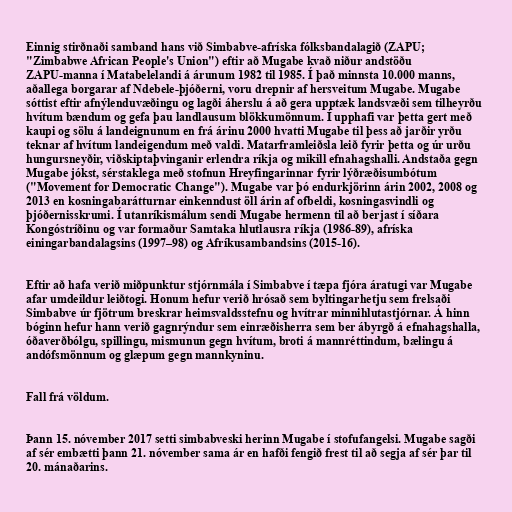
Einnig stirðnaði samband hans við Simbabve-afríska fólksbandalagið (ZAPU;
"Zimbabwe African People's Union") eftir að Mugabe kvað niður andstöðu
ZAPU-manna í Matabelelandi á árunum 1982 til 1985. Í það minnsta 10.000 manns,
aðallega borgarar af Ndebele-þjóðerni, voru drepnir af hersveitum Mugabe. Mugabe
sóttist eftir afnýlenduvæðingu og lagði áherslu á að gera upptæk landsvæði sem tilheyrðu
hvítum bændum og gefa þau landlausum blökkumönnum. Í upphafi var þetta gert með
kaupi og sölu á landeignunum en frá árinu 2000 hvatti Mugabe til þess að jarðir yrðu
teknar af hvítum landeigendum með valdi. Matarframleiðsla leið fyrir þetta og úr urðu
hungursneyðir, viðskiptaþvinganir erlendra ríkja og mikill efnahagshalli. Andstaða gegn
Mugabe jókst, sérstaklega með stofnun Hreyfingarinnar fyrir lýðræðisumbótum
("Movement for Democratic Change"). Mugabe var þó endurkjörinn árin 2002, 2008 og
2013 en kosningabarátturnar einkenndust öll árin af ofbeldi, kosningasvindli og
þjóðernisskrumi. Í utanríkismálum sendi Mugabe hermenn til að berjast í síðara
Kongóstríðinu og var formaður Samtaka hlutlausra ríkja (1986-89), afríska
einingarbandalagsins (1997–98) og Afríkusambandsins (2015-16).

Eftir að hafa verið miðpunktur stjórnmála í Simbabve í tæpa fjóra áratugi var Mugabe
afar umdeildur leiðtogi. Honum hefur verið hrósað sem byltingarhetju sem frelsaði
Simbabve úr fjötrum breskrar heimsvaldsstefnu og hvítrar minnihlutastjórnar. Á hinn
bóginn hefur hann verið gagnrýndur sem einræðisherra sem ber ábyrgð á efnahagshalla,
óðaverðbólgu, spillingu, mismunun gegn hvítum, broti á mannréttindum, bælingu á
andófsmönnum og glæpum gegn mannkyninu.

Fall frá völdum.

Þann 15. nóvember 2017 setti simbabveski herinn Mugabe í stofufangelsi. Mugabe sagði
af sér embætti þann 21. nóvember sama ár en hafði fengið frest til að segja af sér þar til
20. mánaðarins.